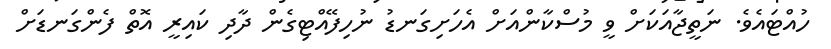
ހުއްޓައެވެ. ނަތީޖާއަކަށް ވީ މުސްކާންއަށް އެހަށިގަނޑު ނުހިފޭއްޓިގެން ދާދި ކައިރީ އޮތް ފެންގަނޑަށް